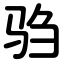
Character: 驺